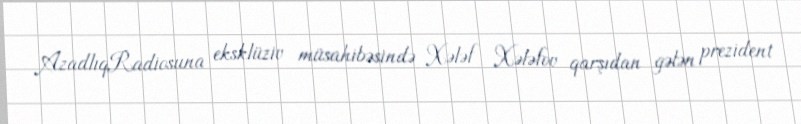
AzadlıqRadiosuna eksklüziv müsahibəsində Xələf Xələfov qarşıdan gələn prezident